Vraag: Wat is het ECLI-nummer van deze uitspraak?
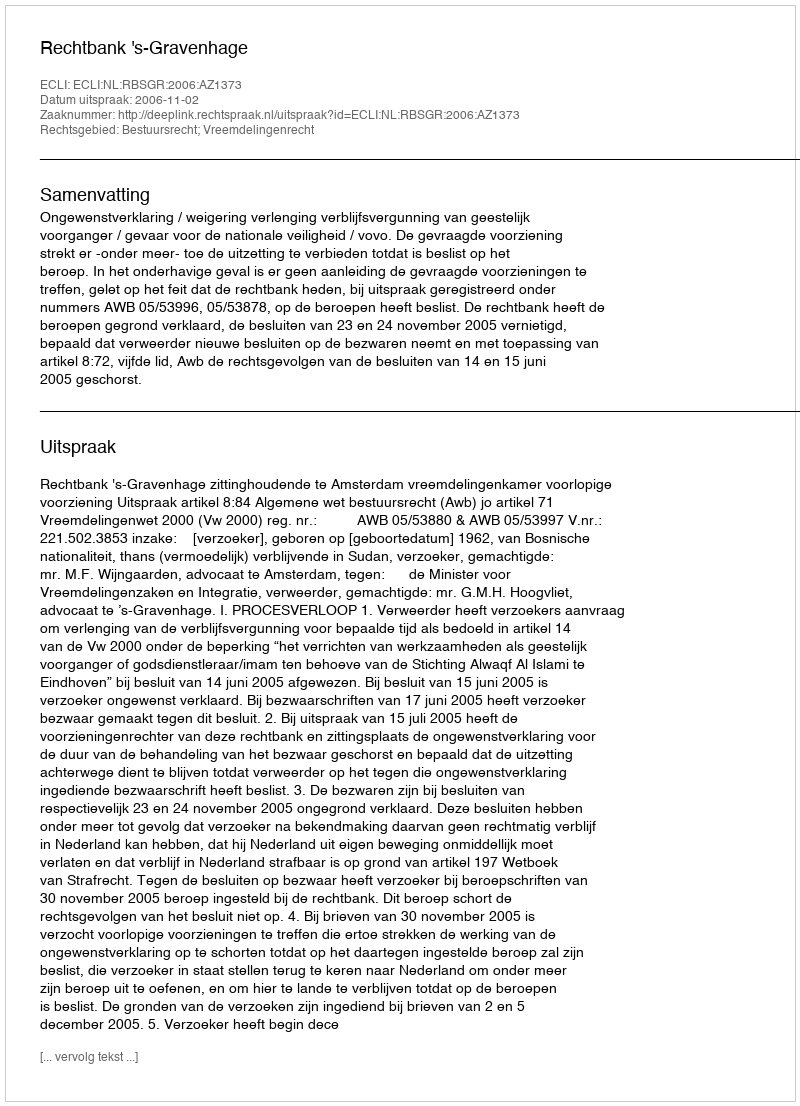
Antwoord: ECLI:NL:RBSGR:2006:AZ1373